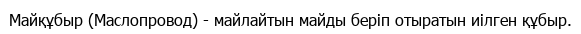
Майқұбыр (Маслопровод) - майлайтын майды беріп отыратын иілген құбыр.